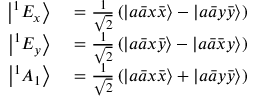
\begin{array} { r l } { \left| ^ { 1 } E _ { x } \right\rangle } & { { } = \frac { 1 } { \sqrt { 2 } } \left( \left| a \bar { a } x \bar { x } \right\rangle - \left| a \bar { a } y \bar { y } \right\rangle \right) } \\ { \left| ^ { 1 } E _ { y } \right\rangle } & { { } = \frac { 1 } { \sqrt { 2 } } \left( \left| a \bar { a } x \bar { y } \right\rangle - \left| a \bar { a } \bar { x } y \right\rangle \right) } \\ { \left| ^ { 1 } A _ { 1 } \right\rangle } & { { } = \frac { 1 } { \sqrt { 2 } } \left( \left| a \bar { a } x \bar { x } \right\rangle + \left| a \bar { a } y \bar { y } \right\rangle \right) } \end{array}